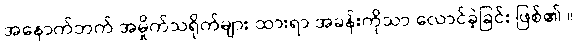
အနောက်ဘက် အမှိုက်သရိုက်များ ထားရာ အခန်းကိုသာ လောင်ခဲ့ခြင်း ဖြစ်၏ ။